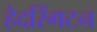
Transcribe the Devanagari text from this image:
हेदरिंगटन